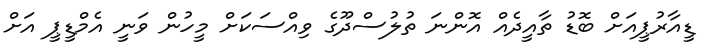
ޑީއާރުޕީއަށް ބޮޑު ތާއީދެއް އޮންނަ ތުލުސްދޫގެ ވިއްސަކަށް މީހުން ވަނީ އެމްޑީޕީ އަށް